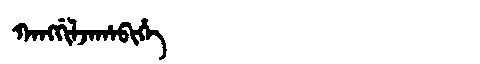
Manchu: ᡴᠠᠩᡤᡳᠯᠵᠠᡥᠠᠪᡳᡥᡝ
Romanization: KANGGILJAHABIHE